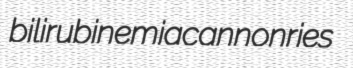
bilirubinemia cannonries